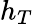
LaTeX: h_{T}